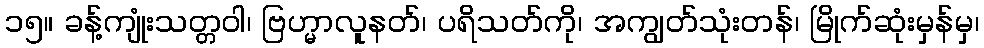
၁၅။ ခန့်ကျုံးသတ္တဝါ၊ ဗြဟ္မာလူနတ်၊ ပရိသတ်ကို၊ အကျွတ်သုံးတန်၊ မြိုက်ဆုံးမှန်မှ၊